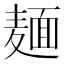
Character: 麺